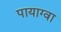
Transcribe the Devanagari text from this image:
पायाग्वा